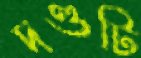
দণ্ডটি